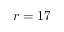
r = 1 7